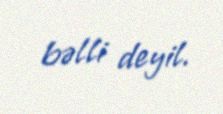
bəlli deyil.